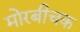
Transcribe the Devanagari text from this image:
मोरबीचक